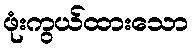
ဖုံးကွယ်ထားသော